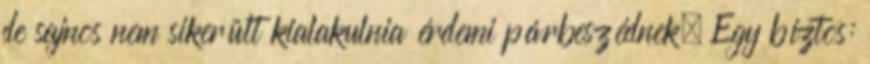
de sajnos nem sikerült kialakulnia érdemi párbeszédnek. Egy bíztos: